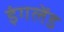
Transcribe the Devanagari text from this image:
इंगलेंड